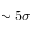
\sim 5 \sigma